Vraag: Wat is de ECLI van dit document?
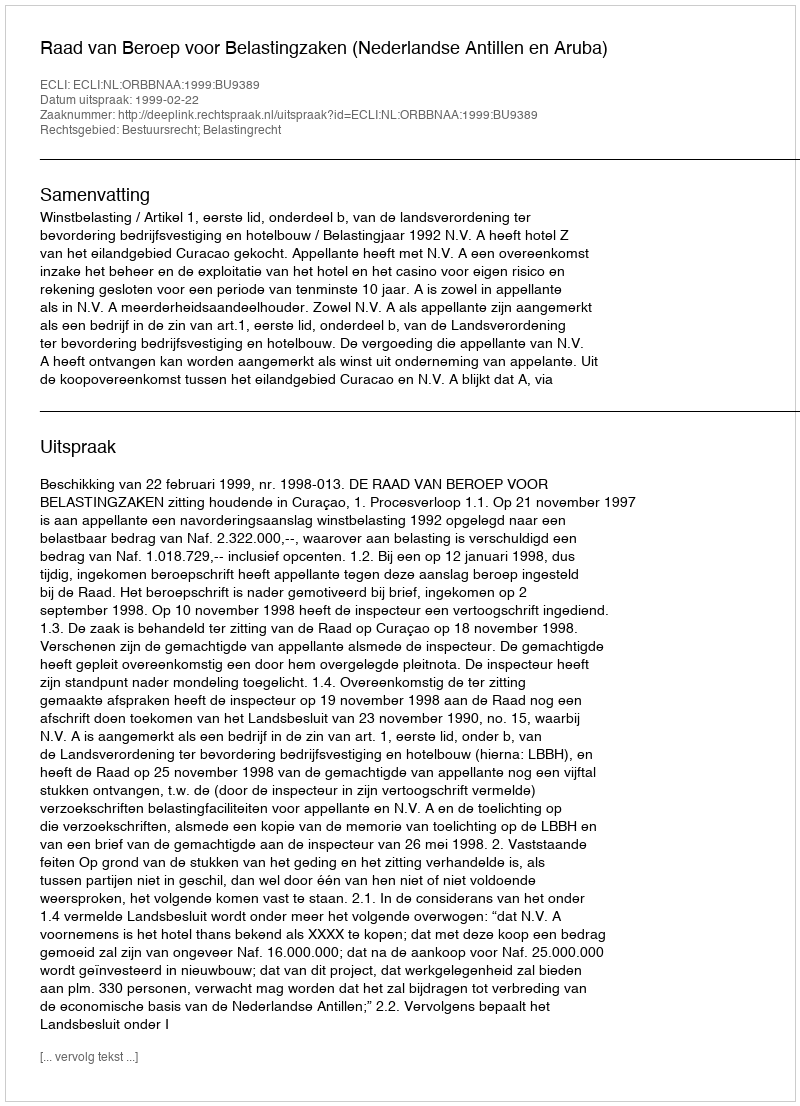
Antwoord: ECLI:NL:ORBBNAA:1999:BU9389